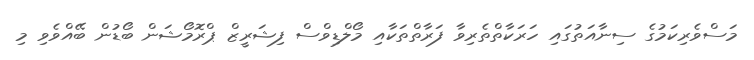
މަސްވެރިކަމުގެ ސިނާއަތުގައި ހަރަކާތްތެރިވާ ފަރާތްތަކާއި މޯލްޑިވްސް ފިޝަރީޒް ޕްރޮމޯޝަން ބޯޑުން ބޭއްވެވި މި